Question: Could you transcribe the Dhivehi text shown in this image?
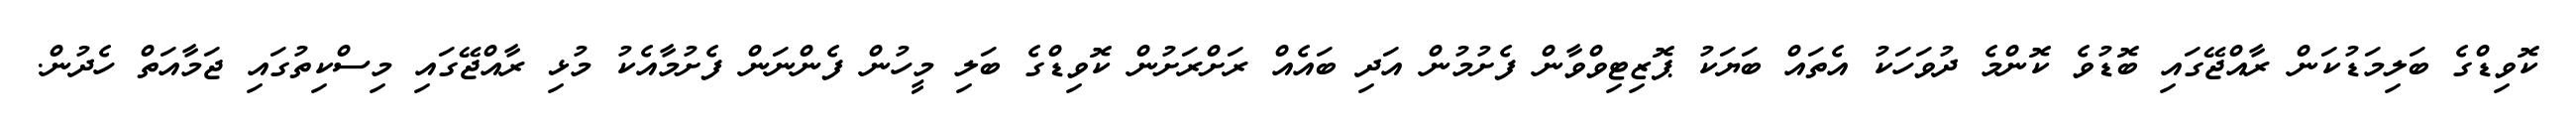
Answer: ކޮވިޑްގެ ބަލިމަޑުކަން ރާއްޖޭގައި ބޮޑުވެ ކޮންމެ ދުވަހަކު އެތައް ބަޔަކު ޕޮޒިޓިވްވާން ފެށުމުން އަދި ބައެއް ރަށްރަށުން ކޮވިޑްގެ ބަލި މީހުން ފެންނަން ފެށުމާއެކު މުޅި ރާއްޖޭގައި މިސްކިތުގައި ޖަމާއަތް ހެދުން.